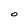
Character: 0